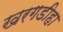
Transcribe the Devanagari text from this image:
खरगडीहा